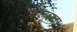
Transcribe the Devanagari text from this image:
काबूलवर